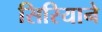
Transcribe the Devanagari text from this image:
सिरियाने